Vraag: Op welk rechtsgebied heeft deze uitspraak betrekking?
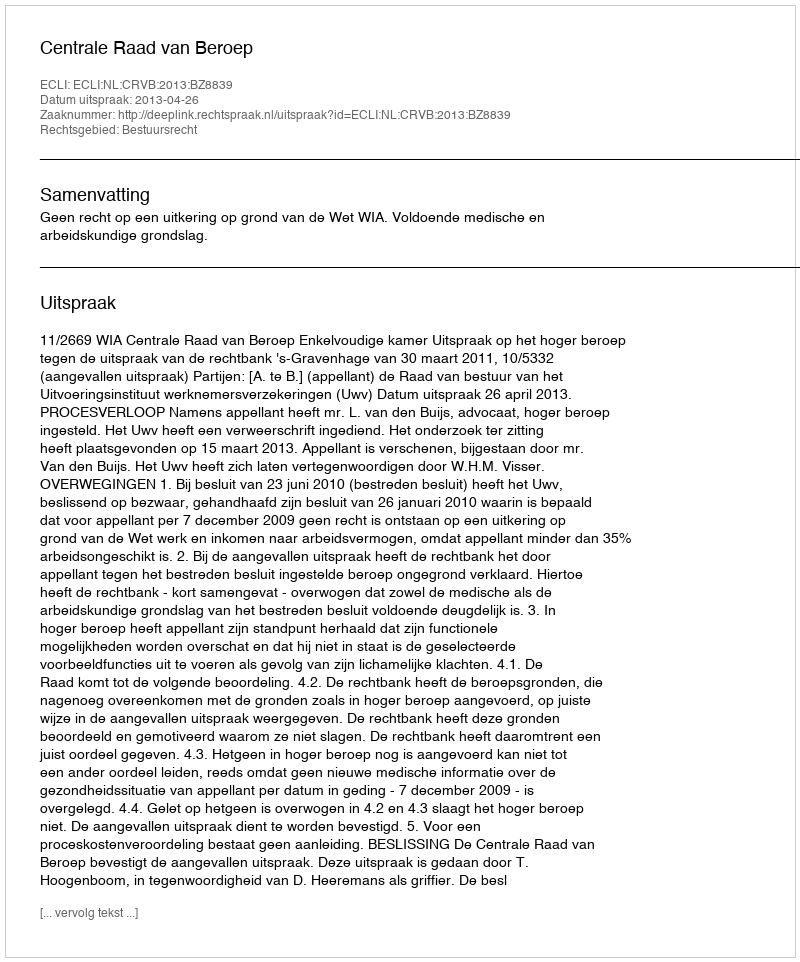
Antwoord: Bestuursrecht